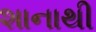
શાનાથી